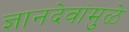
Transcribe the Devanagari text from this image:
ज्ञानदेवांमुळे